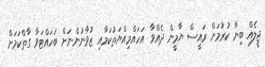
ޖީލެއް ބިނާ ކުރުމަށް ރައީސް ޔާމީން ދެއްވާ އަހައްމިއްޔަތުކަމާއި ޒުވާނުންނަށް ބަހައްޓަވާ ގާތްކަމަށް